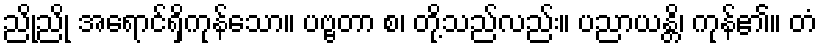
ညိုညို အရောင်ရှိကုန်သော။ ပဗ္ဗတာ စ၊ တို့သည်လည်း။ ပညာယန္တိ၊ ကုန်၏။ တံ